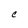
Character: C